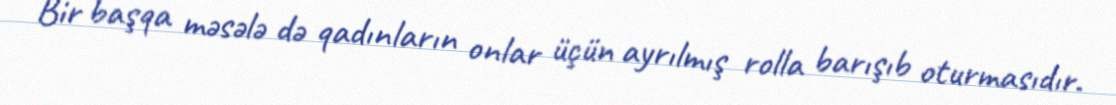
Bir başqa məsələ də qadınların onlar üçün ayrılmış rolla barışıb oturmasıdır.